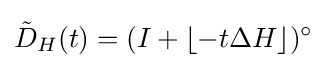
{\tilde {D}}_{H}(t)=(I+\lfloor -t\Delta H\rfloor )^{\circ }